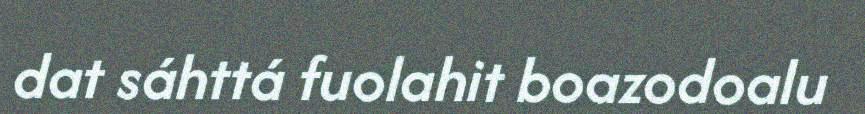
dat sáhttá fuolahit boazodoalu